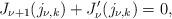
LaTeX: \begin{align*}{J}_{\nu+1}(j_{\nu,k})+{J}_\nu'(j_{\nu,k})=0,\end{align*}